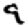
Digit: 9